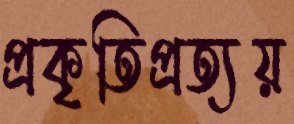
প্রকৃতিপ্রত্যয়